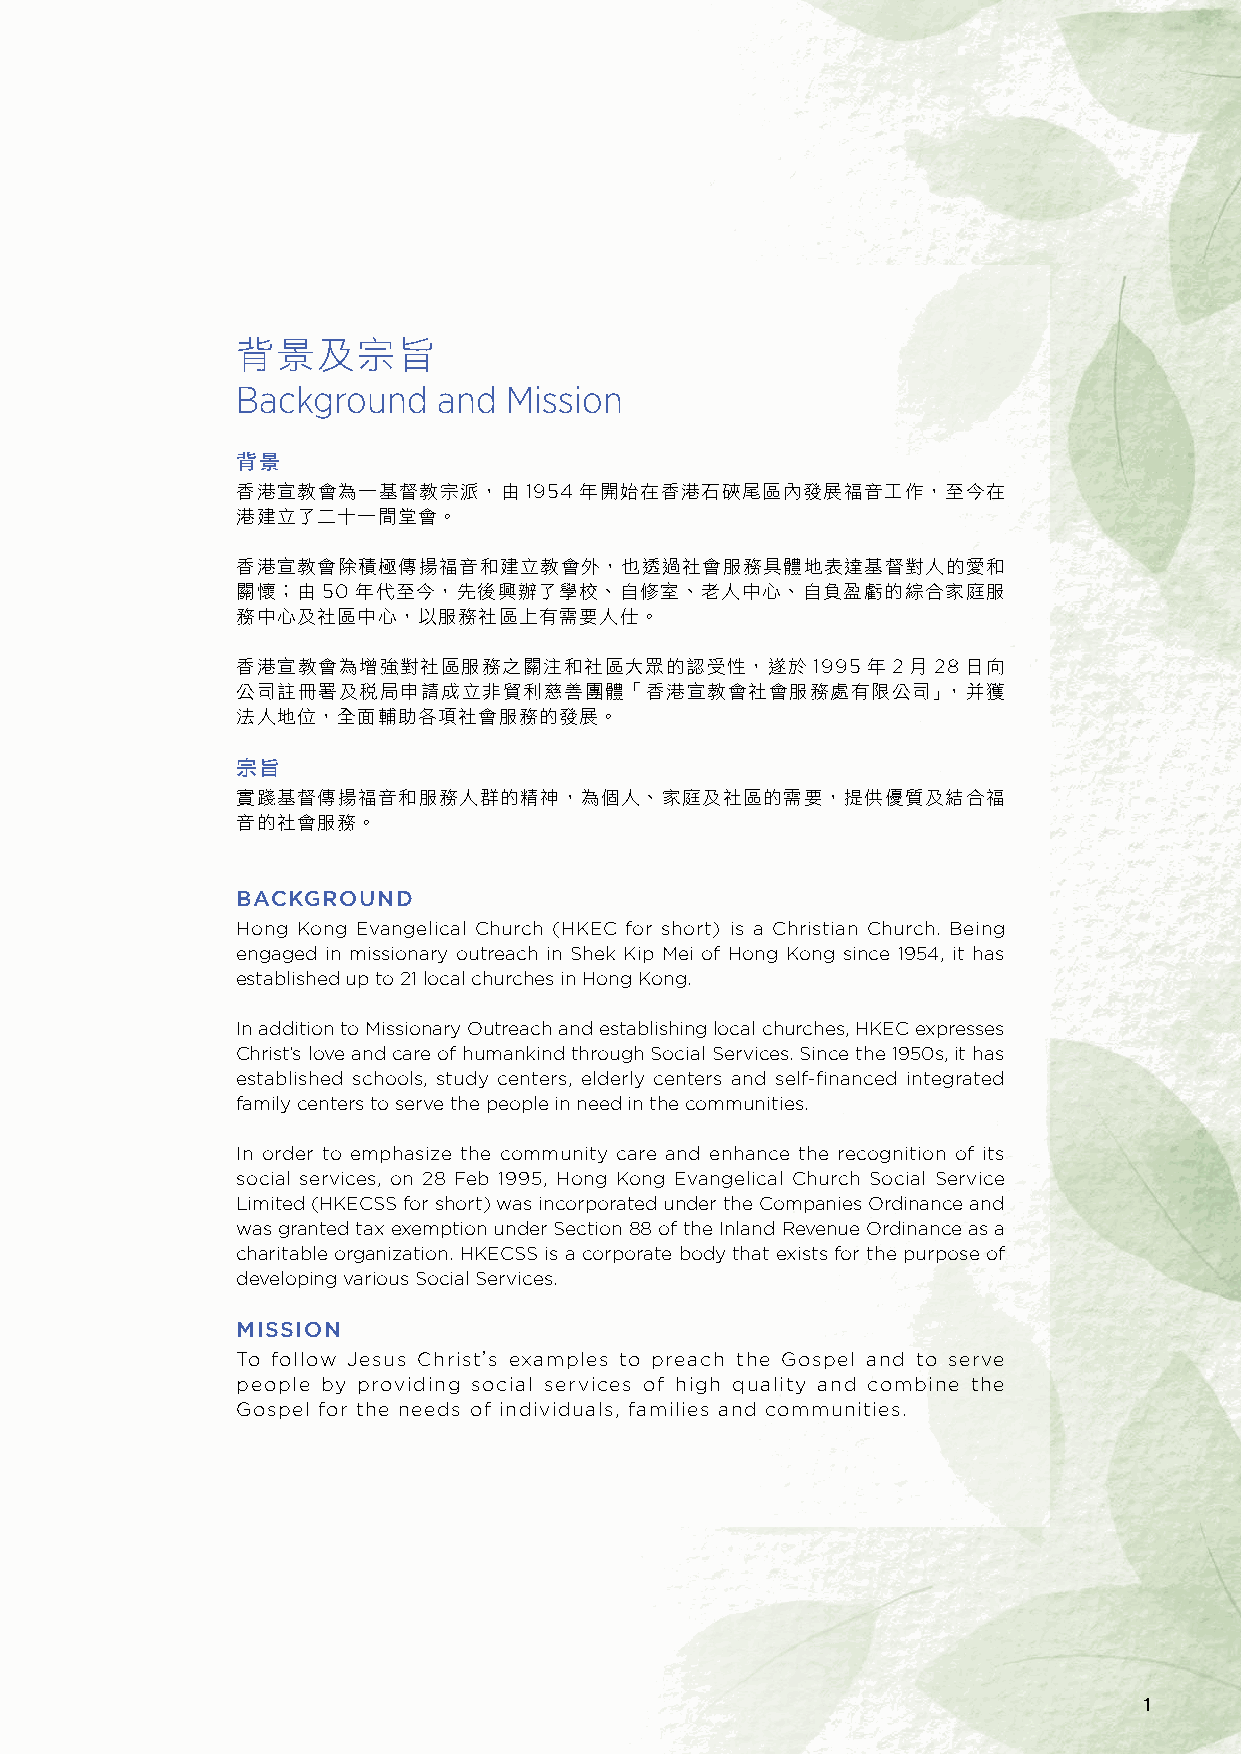
背景及宗旨
 Background   and Mission
 背景
 香港宣教會為一基督教宗派，由1954年開始在香港石硤尾區內發展福音工作，至今在
 港建立了二十一間堂會。
 香港宣教會除積極傳揚福音和建立教會外，也透過社會服務具體地表達基督對人的愛和
 關懷；由50年代至今，先後興辦了學校、自修室、老人中心、自負盈虧的綜合家庭服
 務中心及社區中心，以服務社區上有需要人仕。
 香港宣教會為增強對社區服務之關注和社區大眾的認受性，遂於          1995年2月28日向
 公司註冊署及稅局申請成立非貿利慈善團體「香港宣教會社會服務處有限公司」，并獲
 法人地位，全面輔助各項社會服務的發展。
 宗旨
 實踐基督傳揚福音和服務人群的精神，為個人、家庭及社區的需要，提供優質及結合福
 音的社會服務。
 BACKGROUND
 Hong Kong Evangelical Church (HKEC for short) is a Christian Church. Being
 engaged in missionary outreach in Shek Kip Mei of Hong Kong since 1954, it has
 established up to 21 local churches in Hong Kong.
 In addition to Missionary Outreach and establishing local churches, HKEC expresses
 Christ’s love and care of humankind through Social Services. Since the 1950s, it has
 established schools, study centers, elderly centers and self-financed integrated
 family centers to serve the people in need in the communities.
 In order to emphasize the community care and enhance the recognition of its
 social services, on 28 Feb 1995, Hong Kong Evangelical Church Social Service
 Limited (HKECSS for short) was incorporated under the Companies Ordinance and
 was granted tax exemption under Section 88 of the Inland Revenue Ordinance as a
 charitable organization. HKECSS is a corporate body that exists for the purpose of
 developing various Social Services.
 MISSION
 To follow Jesus Christ’s examples to preach the Gospel and to serve
 people by providing social services of high quality and combine the
 Gospel for the needs of individuals, families and communities.
 1